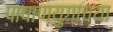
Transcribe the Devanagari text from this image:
पाषाणयुगाच्या